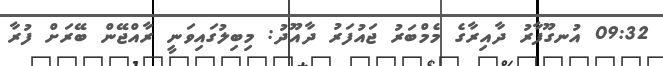
09:32 އުނގޫފާރު ދާއިރާގެ މެމްބަރު ޖައުފަރު ދާއޫދު: މިބިލުގައިވަނީ ރާއްޖޭން ބޭރަށް ފުރާ